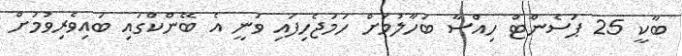
ބާކީ 25 ޕަސެންޓް ހިއްސާ ބަހާލުމަށް ހަމަޖެހިފައި ވަނީ އެ ބޭންކްގައި ބައިވެރިވުމަށް